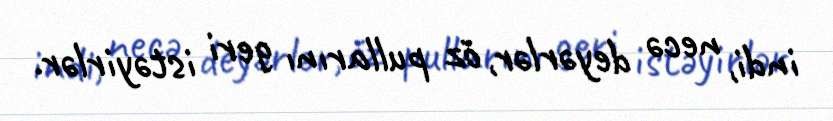
indi, necə deyərlər, öz pullarını geri istəyirlər.